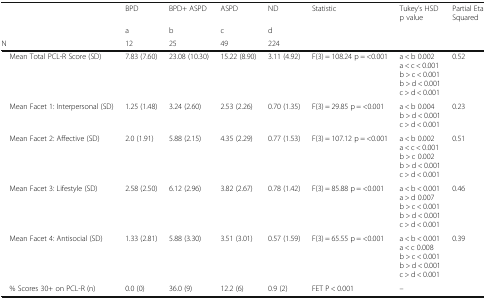
|  | BPD | BPD+ ASPD | ASPD | ND | Statistic | Tukey’s HSD p value | Partial Eta Squared |
 |  | a | b | c | d |  |  |  |
 | N | 12 | 25 | 49 | 224 |  |  |  |
 | --- | --- | --- | --- | --- | --- | --- | --- |
 | Mean Total PCL-R Score (SD) | 7.83 (7.60) | 23.08 (10.30) | 15.22 (8.90) | 3.11 (4.92) | F(3) = 108.24 p = <0.001 | a < b 0.002 a < c < 0.001 b > c < 0.001 b > d < 0.001 c > d < 0.001 | 0.52 |
 | Mean Facet 1: Interpersonal (SD) | 1.25 (1.48) | 3.24 (2.60) | 2.53 (2.26) | 0.70 (1.35) | F(3) = 29.85 p = <0.001 | a < b 0.004 b > d < 0.001 c > d < 0.001 | 0.23 |
 | Mean Facet 2: Affective (SD) | 2.0 (1.91) | 5.88 (2.15) | 4.35 (2.29) | 0.77 (1.53) | F(3) = 107.12 p = <0.001 | a < b 0.002 a < c < 0.001 b > c 0.002 b > d < 0.001 c > d < 0.001 | 0.51 |
 | Mean Facet 3: Lifestyle (SD) | 2.58 (2.50) | 6.12 (2.96) | 3.82 (2.67) | 0.78 (1.42) | F(3) = 85.88 p = <0.001 | a < b < 0.001 a > d 0.007 b > c < 0.001 b > d < 0.001 c > d < 0.001 | 0.46 |
 | Mean Facet 4: Antisocial (SD) | 1.33 (2.81) | 5.88 (3.30) | 3.51 (3.01) | 0.57 (1.59) | F(3) = 65.55 p = <0.001 | a < b < 0.001 a < c 0.008 b > c < 0.001 b > d < 0.001 c > d < 0.001 | 0.39 |
 | % Scores 30+ on PCL-R (n) | 0.0 (0) | 36.0 (9) | 12.2 (6) | 0.9 (2) | FET P < 0.001 | – |  |